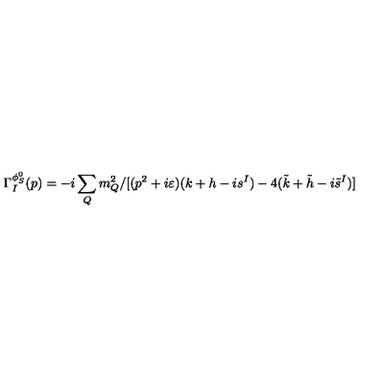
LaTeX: \Gamma _ { I } ^ { \phi _ { S } ^ { 0 } } ( p ) = - i \sum _ { Q } m _ { Q } ^ { 2 } / [ ( p ^ { 2 } + i \varepsilon ) ( k + h - i s ^ { I } ) - 4 ( \tilde { k } + \tilde { h } - i \tilde { s } ^ { I } ) ]